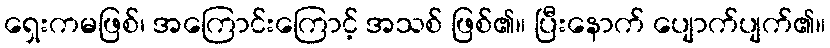
ရှေးကမဖြစ်၊ အကြောင်းကြောင့် အသစ် ဖြစ်၏။ ပြီးနောက် ပျောက်ပျက်၏။